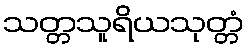
သတ္တသူရိယသုတ္တံ